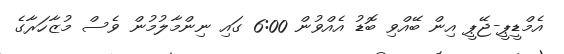
އެމްޑީޕީ-ޖޭޕީ އިން ބޭއްވި ބޮޑު އެއްވުން 6:00 ގައި ނިންމާލުމުން ވެސް މުޒާހަރާގެ